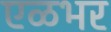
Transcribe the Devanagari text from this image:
एळभर